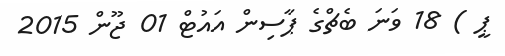
ޕީ ) 18 ވަނަ ބެޗްގެ ޕާސިން އައުޓް 01 ޖޫން 2015